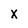
Character: X